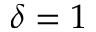
\delta = 1